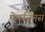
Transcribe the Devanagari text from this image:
फेरुजिनस